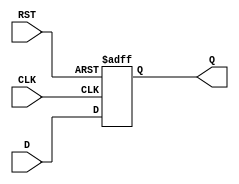
module stage_register (
    input wire D,       // Data Input
    input wire CLK,     // Clock Input
    input wire RST,     // Asynchronous Reset
    output reg Q        // Data Output
);

    // Always block triggered by the clock and reset
    always @(posedge CLK or posedge RST) begin
        if (RST) begin
            Q <= 1'b0;  // Reset the output to 0
        end else begin
            Q <= D;     // Capture the input data on clock edge
        end
    end

endmodule